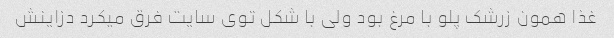
غذا همون زرشک پلو با مرغ بود ولی با شکل توی سایت فرق میکرد دزاینش